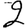
Digit: 2